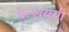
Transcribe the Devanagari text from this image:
प्रल्लयगी